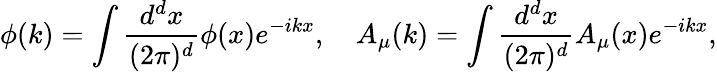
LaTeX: \phi(k)=\int\frac{d^{d}x}{(2\pi)^{d}}\phi(x)e^{-ikx},\quad A_{\mu}(k)=\int\frac{d^{d}x}{(2\pi)^{d}}A_{\mu}(x)e^{-ikx},